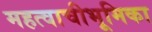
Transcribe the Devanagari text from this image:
महत्वाचीभूमिका